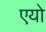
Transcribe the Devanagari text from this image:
एयो